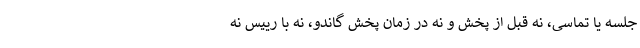
جلسه‌ یا تماسی، نه قبل از پخش و نه در زمان پخش گاندو، نه با رییس نه